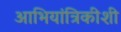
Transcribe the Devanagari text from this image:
आभियांत्रिकीशी